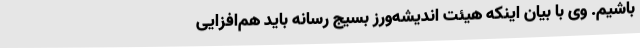
باشیم. وی با بیان اینکه هیئت اندیشه‌ورز بسیج رسانه باید هم‌افزایی